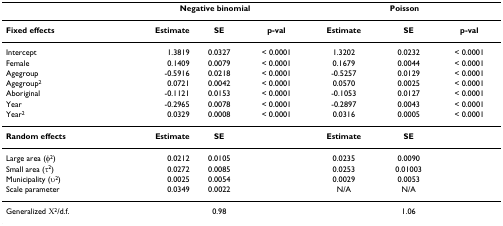
<table><thead><tr><td>[EMPTY_CELL]</td><td colspan="3"><b>Negative binomial</b></td><td colspan="3"><b>Poisson</b></td></tr></thead><tbody><tr><td><b>Fixed effects</b></td><td><b>Estimate</b></td><td><b>SE</b></td><td><b>p-val</b></td><td><b>Estimate</b></td><td><b>SE</b></td><td><b>p-val</b></td></tr><tr><td>Intercept</td><td>1.3819</td><td>0.0327</td><td>&lt; 0.0001</td><td>1.3202</td><td>0.0232</td><td>&lt; 0.0001</td></tr><tr><td>Female</td><td>0.1409</td><td>0.0079</td><td>&lt; 0.0001</td><td>0.1679</td><td>0.0044</td><td>&lt; 0.0001</td></tr><tr><td>Agegroup</td><td>-0.5916</td><td>0.0218</td><td>&lt; 0.0001</td><td>-0.5257</td><td>0.0129</td><td>&lt; 0.0001</td></tr><tr><td>Agegroup<sup>2</sup></td><td>0.0721</td><td>0.0042</td><td>&lt; 0.0001</td><td>0.0570</td><td>0.0025</td><td>&lt; 0.0001</td></tr><tr><td>Aboriginal</td><td>-0.1121</td><td>0.0153</td><td>&lt; 0.0001</td><td>-0.1053</td><td>0.0127</td><td>&lt; 0.0001</td></tr><tr><td>Year</td><td>-0.2965</td><td>0.0078</td><td>&lt; 0.0001</td><td>-0.2897</td><td>0.0043</td><td>&lt; 0.0001</td></tr><tr><td>Year<sup>2</sup></td><td>0.0329</td><td>0.0008</td><td>&lt; 0.0001</td><td>0.0316</td><td>0.0005</td><td>&lt; 0.0001</td></tr><tr><td><b>Random effects</b></td><td><b>Estimate</b></td><td><b>SE</b></td><td>[EMPTY_CELL]</td><td><b>Estimate</b></td><td><b>SE</b></td><td>[EMPTY_CELL]</td></tr><tr><td>Large area (φ<sup>2</sup>)</td><td>0.0212</td><td>0.0105</td><td>[EMPTY_CELL]</td><td>0.0235</td><td>0.0090</td><td>[EMPTY_CELL]</td></tr><tr><td>Small area (τ<sup>2</sup>)</td><td>0.0272</td><td>0.0085</td><td>[EMPTY_CELL]</td><td>0.0253</td><td>0.01003</td><td>[EMPTY_CELL]</td></tr><tr><td>Municipality (υ<sup>2</sup>)</td><td>0.0025</td><td>0.0054</td><td>[EMPTY_CELL]</td><td>0.0029</td><td>0.0053</td><td>[EMPTY_CELL]</td></tr><tr><td>Scale parameter</td><td>0.0349</td><td>0.0022</td><td>[EMPTY_CELL]</td><td>N/A</td><td>N/A</td><td>[EMPTY_CELL]</td></tr><tr><td>Generalized Χ<sup>2</sup>/d.f.</td><td>[EMPTY_CELL]</td><td>0.98</td><td>[EMPTY_CELL]</td><td>[EMPTY_CELL]</td><td>1.06</td><td>[EMPTY_CELL]</td></tr></tbody></table>